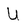
Character: U